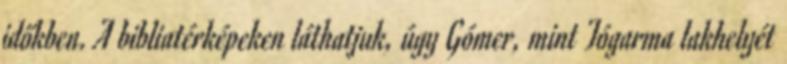
időkben. A bibliatérképeken láthatjuk, úgy Gómer, mint Tógarma lakhelyét